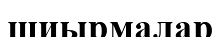
шиырмалар